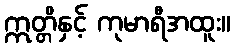
ဣတ္တိနှင့် ကုမာရီအထူး။